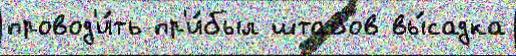
провод'и́ть пр'и́был штабов вы́садка